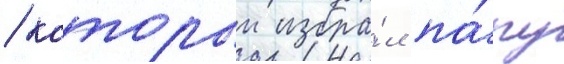
/ которыи избра́л па́пу